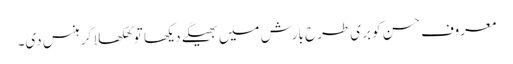
معروف حسن کو بری طرح بارش میں بھیگے دیکھا تو کھلکھلا کر ہنس دی۔